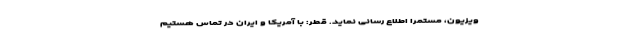
ویزیون، مستمرا اطلاع رسانی نماید. قطر: با آمریکا و ایران در تماس هستیم